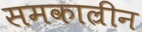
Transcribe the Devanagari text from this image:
समकाल्रीन